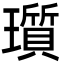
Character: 瓆